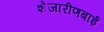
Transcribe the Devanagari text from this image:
शेजारीणबाई